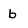
Character: b